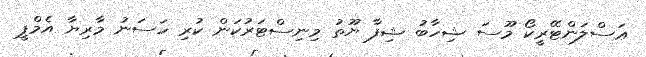
ޢަސްލަންޓޭރީކޯ މޫސަ ޝިހާބު ޝިފާ ޔޫތު މިނިސްޓަރުކަން ކުރި ހަސަނު މާރިޔާ އެމްޕީ